Report of the Indian Hemp Drugs Commission, 1894-1895 - Volume III
Year: 1894
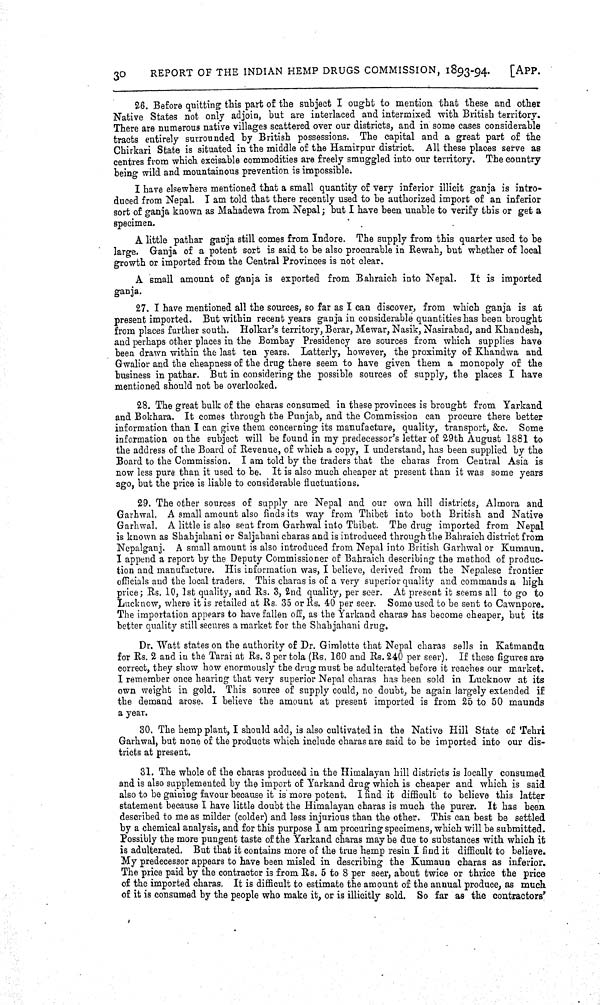
30
REPORT OF THE INDIAN HEMP DRUGS COMMISSION, 1893-94.
[APP.
26. Before quitting this part of the subject I ought to mention that these and other
Native States not only adjoin, but are interlaced and intermixed with British territory.
There are numerous native villages scattered over our districts, and in some cases considerable
tracts entirely surrounded by British possessions. The capital and a great part of the
Chirkari State is situated in the middle of the Hamirpur district. All these places serve as
centres from which excisable commodities are freely smuggled into our territory. The country
being wild and mountainous prevention is impossible.
I have elsewhere mentioned that a small quantity of very inferior illicit ganja is intro-
duced from Nepal. I am told that there recently used to be authorized import of an inferior
sort of ganja known as Mahadewa from Nepal; but I have been unable to verify this or get a
specimen.
A little pathar ganja still comes from Indore. The supply from this quarter used to be
large. Ganja of a potent sort is said to be also procurable in Rewah, but whether of local
growth or imported from the Central Provinces is not clear.
A small amount of ganja is exported from Bahraich into Nepal. It is imported
ganja.
27. I have mentioned all the sources, so far as I can discover, from which ganja is at
present imported. But within recent years ganja in considerable quantities has been brought
from places further south. Holkar's territory, Berar, Mewar, Nasik, Nasirabad, and Khandesh,
and perhaps other places in the Bombay Presidency are sources from which supplies have
been drawn within the last ten years. Latterly, however, the proximity of Khandwa and
Gwalior and the cheapness of the drug there seem to have given them a monopoly of the
business in pathar. But in considering the possible sources of supply, the places I have
mentioned should not be overlooked.
28. The great bulk of the charas consumed in these provinces is brought from Yarkand
and Bokhara. It comes through the Punjab, and the Commission can procure there better
information than I can give them concerning its manufacture, quality, transport, &c. Some
information on the subject will be found in my predecessor's letter of 29th August 1881 to
the address of the Board of Revenue, of which a copy, I understand, has been supplied by the
Board to the Commission. I am told by the traders that the charas from Central Asia is
now less pure than it used to be. It is also much cheaper at present than it was some years
ago, but the price is liable to considerable fluctuations.
29. The other sources of supply are Nepal and our own hill districts, Almora and
Garhwal, A small amount also finds its way from Thibet into both British and Native
Garhwal. A little is also sent from Garhwal into Thibet. The drug imported from Nepal
is known as Shahjahani or Saljahani charas and is introduced through the Bahraich district from
Nepalganj. A small amount is also introduced from Nepal into British Garhwal or Kumaun.
I append a report by the Deputy Commissioner of Bahraich describing the method of produc-
tion and manufacture. His information was, I believe, derived from the Nepalese frontier
officials and the local traders. This charas is of a very superior quality and commands a high
price; Rs. 10, 1st quality, and Rs. 3, 2nd quality, per seer. At present it seems all to go to
Lucknow, where it is retailed at Rs. 35 or Rs. 40 per seer. Some used to be sent to Cawnpore.
The importation appears to have fallen off, as the Yarkand charas has become cheaper, but its
better quality still secures a market for the Shahjahani drug.
Dr. Watt states on the authority of Dr. Gimlette that Nepal charas sells in Katmandu
for Rs. 2 and in the Tarai at Rs. 3 per tola (Rs. 160 and Rs. 240 per seer). If these figures are
correct, they show how enormously the drug must be adulterated before it reaches our market.
I remember once hearing that very superior Nepal charas has been sold in Lucknow at its
own weight in gold. This source of supply could, no doubt, be again largely extended if
the demand arose. I believe the amount at present imported is from 25 to 50 maunds
a year.
30. The hemp plant, I should add, is also cultivated in the Native Hill State of Tehri
Garhwal, but none of the products which include charas are said to be imported into our dis-
tricts at present.
31. The whole of the charas produced in the Himalayan hill districts is locally consumed
and is also supplemented by the import of Yarkand drug which is cheaper and which is said
also to be gaining favour because it is more potent. I find it difficult to believe this latter
statement because I have little doubt the Himalayan charas is much the purer. It has been
described to me as milder (colder) and less injurious than the other. This can best be settled
by a chemical analysis, and for this purpose I am procuring specimens, which will be submitted.
Possibly the more pungent taste of the Yarkand charas may be due to substances with which it
is adulterated. But that it contains more of the true hemp resin I find it difficult to believe.
My predecessor appears to have been misled in describing the Kumaun charas as inferior.
The price paid by the contractor is from Rs. 5 to 8 per seer, about twice or thrice the price
of the imported charas. It is difficult to estimate the amount of the annual produce, as much
of it is consumed by the people who make it, or is illicitly sold. So far as the contractors'